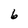
Character: b